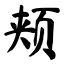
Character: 颊